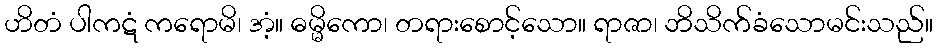
ဟိတံ ပါကဋံ ကရောမိ၊ အံ့။ ဓမ္မိကော၊ တရားစောင့်သော။ ရာဇာ၊ ဘိသိက်ခံသောမင်းသည်။